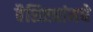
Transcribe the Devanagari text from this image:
वैशिष्ट्यांमधे